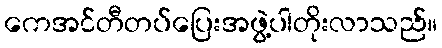
ကေအင်တီတပ်ပြေးအဖွဲ့ပါတိုးလာသည်။